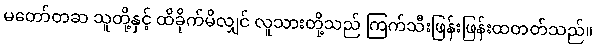
မတော်တဆ သူတို့နှင့် ထိခိုက်မိလျှင် လူသားတို့သည် ကြက်သီးဖြန်းဖြန်းထတတ်သည်။